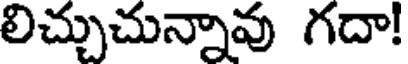
లిచ్చుచున్నావు గదా!